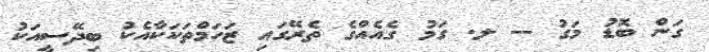
ގަން ބޮޑު މަގު -- ލ. ގަމު ގެއެއްގެ ތެރޭގައި ޒަހަމްތަކަކާއެކު ބިދޭސީއަކު